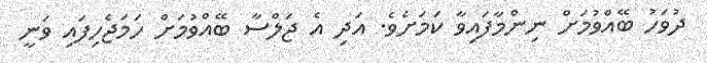
ދުވަހު ބޭއްވުމަށް ނިންމާފައިވާ ކަމަށެވެ. އަދި އެ ޖަލްސާ ބޭއްވުމަށް ހަމަޖެހިފައި ވަނީ